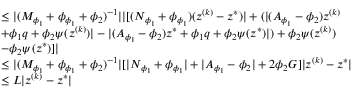
\begin{array} { r l } & { \leq \lvert ( M _ { \phi _ { 1 } } + \phi _ { \phi _ { 1 } } + \phi _ { 2 } ) ^ { - 1 } \rvert \lvert [ ( N _ { \phi _ { 1 } } + \phi _ { \phi _ { 1 } } ) ( z ^ { ( k ) } - z ^ { * } ) \rvert + ( \lvert ( A _ { \phi _ { 1 } } - \phi _ { 2 } ) z ^ { ( k ) } } \\ & { + \phi _ { 1 } q + \phi _ { 2 } \psi ( z ^ { ( k ) } ) \rvert - \lvert ( A _ { \phi _ { 1 } } - \phi _ { 2 } ) z ^ { * } + \phi _ { 1 } q + \phi _ { 2 } \psi ( z ^ { * } ) \rvert ) + \phi _ { 2 } \psi ( z ^ { ( k ) } ) } \\ & { - \phi _ { 2 } \psi ( z ^ { * } ) ] \rvert } \\ & { \leq \lvert ( M _ { \phi _ { 1 } } + \phi _ { \phi _ { 1 } } + \phi _ { 2 } ) ^ { - 1 } \rvert [ \lvert N _ { \phi _ { 1 } } + \phi _ { \phi _ { 1 } } \rvert + \lvert A _ { \phi _ { 1 } } - \phi _ { 2 } \rvert + 2 \phi _ { 2 } G ] \lvert z ^ { ( k ) } - z ^ { * } \rvert } \\ & { \leq L \lvert z ^ { ( k ) } - z ^ { * } \rvert } \end{array}